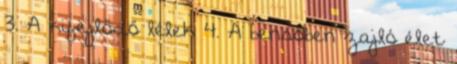
3. A kifejlődő lélek 4. A bensőben zajló élet